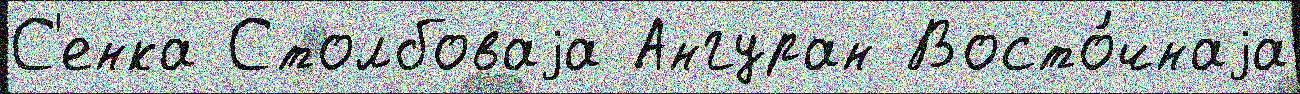
С'енка Столбоваjа Ангуран Восто́чнаjа